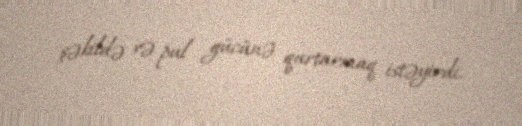
şəkildə və pul gücünə qurtarmaq istəyirdi.